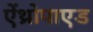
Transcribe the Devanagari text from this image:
ऐंथ्रोपाएड